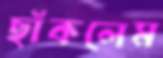
ছাঁকলেম